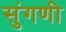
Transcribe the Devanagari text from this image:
सुंगणी